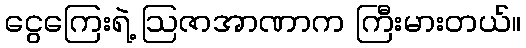
ငွေကြေးရဲ့ ဩဇာအာဏာက ကြီးမားတယ်။